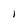
Character: l